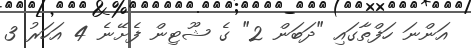
އަންނަ ހަފްތާގައި "ދަބަން 2" ގެ ޝޫޓިން ފެށޭނެ 4 އަހަރު 3